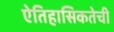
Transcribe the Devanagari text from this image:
ऐतिहासिकतेची